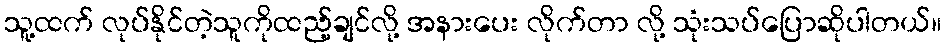
သူ့ထက် လုပ်နိုင်တဲ့သူကိုထည့်ချင်လို့ အနားပေး လိုက်တာ လို့ သုံးသပ်ပြောဆိုပါတယ်။